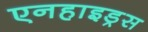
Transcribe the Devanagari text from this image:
एनहाइड्रस